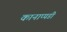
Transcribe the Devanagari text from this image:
कानाप्पडी